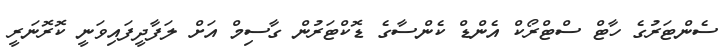
ސެންޓަރުގެ ހާޓް ސްޓްރޯކް އެންޑް ކެންސާގެ ޑޮކްޓަރުން ގާސިމް އަށް ލަފާދީފައިވަނީ ކޮރޮނަރީ